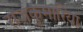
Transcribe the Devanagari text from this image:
राजकुमारियां